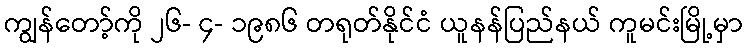
ကျွန်တော့်ကို ၂၆- ၄- ၁၉၈၆ တရုတ်နိုင်ငံ ယူနန်ပြည်နယ် ကူမင်းမြို့မှာ